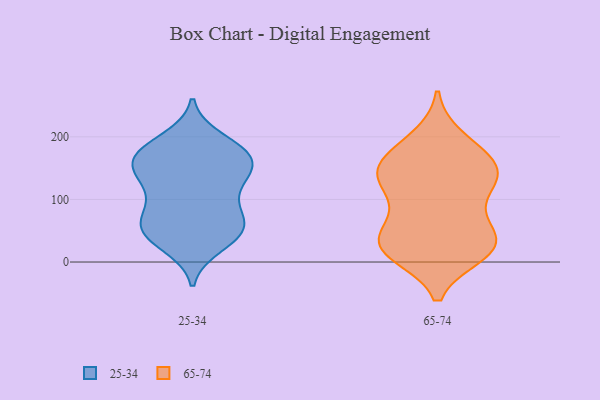
{"axis": {"x": "Churn Rate (%)", "y": "Value"}, "legend": ["25-34", "65-74"], "data": [{"x": "", "y": 179, "type": "25-34"}, {"x": "", "y": 113, "type": "25-34"}, {"x": "", "y": 46, "type": "25-34"}, {"x": "", "y": 144, "type": "25-34"}, {"x": "", "y": 77, "type": "25-34"}, {"x": "", "y": 172, "type": "25-34"}, {"x": "", "y": 143, "type": "25-34"}, {"x": "", "y": 51, "type": "25-34"}, {"x": "", "y": 70, "type": "25-34"}, {"x": "", "y": 39, "type": "25-34"}, {"x": "", "y": 173, "type": "25-34"}, {"x": "", "y": 61, "type": "25-34"}, {"x": "", "y": 138, "type": "25-34"}, {"x": "", "y": 144, "type": "25-34"}, {"x": "", "y": 101, "type": "25-34"}, {"x": "", "y": 195, "type": "25-34"}, {"x": "", "y": 51, "type": "25-34"}, {"x": "", "y": 165, "type": "25-34"}, {"x": "", "y": 27, "type": "25-34"}, {"x": "", "y": 176, "type": "25-34"}, {"x": "", "y": 152, "type": "65-74"}, {"x": "", "y": 30, "type": "65-74"}, {"x": "", "y": 144, "type": "65-74"}, {"x": "", "y": 142, "type": "65-74"}, {"x": "", "y": 18, "type": "65-74"}, {"x": "", "y": 169, "type": "65-74"}, {"x": "", "y": 92, "type": "65-74"}, {"x": "", "y": 13, "type": "65-74"}, {"x": "", "y": 116, "type": "65-74"}, {"x": "", "y": 148, "type": "65-74"}, {"x": "", "y": 68, "type": "65-74"}, {"x": "", "y": 19, "type": "65-74"}, {"x": "", "y": 21, "type": "65-74"}, {"x": "", "y": 28, "type": "65-74"}, {"x": "", "y": 133, "type": "65-74"}, {"x": "", "y": 51, "type": "65-74"}, {"x": "", "y": 133, "type": "65-74"}, {"x": "", "y": 198, "type": "65-74"}, {"x": "", "y": 188, "type": "65-74"}, {"x": "", "y": 36, "type": "65-74"}]}